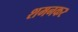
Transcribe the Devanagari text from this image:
शमनकर